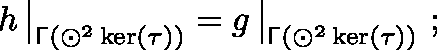
h \, \big | _ { \mathsf { \Gamma } ( \odot ^ { 2 } \ker ( \tau ) ) } = g \, \big | _ { \mathsf { \Gamma } ( \odot ^ { 2 } \ker ( \tau ) ) } \ ;